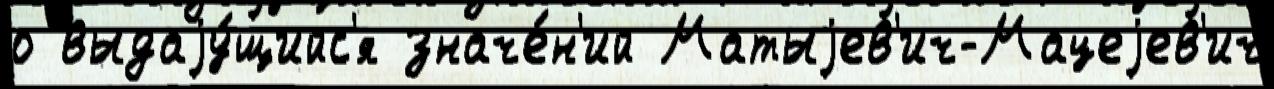
о выдаjу́щийс'я значе́н'ий Матыjев'ич-Мацеjев'ич